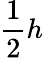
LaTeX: \frac{1}{2}h